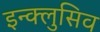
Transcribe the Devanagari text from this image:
इन्क्लुसिव